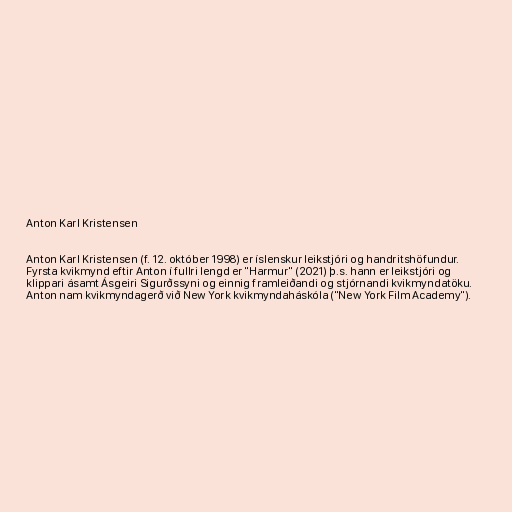
Anton Karl Kristensen

Anton Karl Kristensen (f. 12. október 1998) er íslenskur leikstjóri og handritshöfundur.
Fyrsta kvikmynd eftir Anton í fullri lengd er "Harmur" (2021) þ.s. hann er leikstjóri og
klippari ásamt Ásgeiri Sigurðssyni og einnig framleiðandi og stjórnandi kvikmyndatöku.
Anton nam kvikmyndagerð við New York kvikmyndaháskóla ("New York Film Academy").